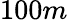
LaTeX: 100m